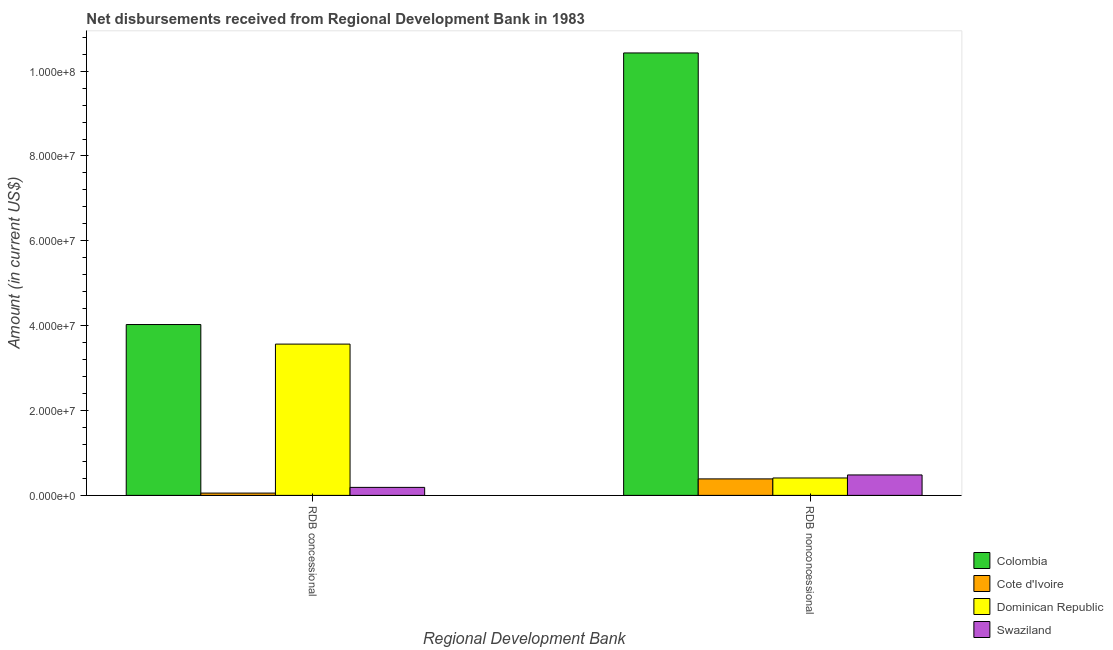
| Regional Development Bank | Colombia | Cote d'Ivoire | Dominican Republic | Swaziland |
 | --- | --- | --- | --- | --- |
 | RDB concessional | 4.03e+07 | 5.43e+05 | 3.57e+07 | 1.89e+06 |
 | RDB nonconcessional | 1.04e+08 | 3.89e+06 | 4.1e+06 | 4.82e+06 |